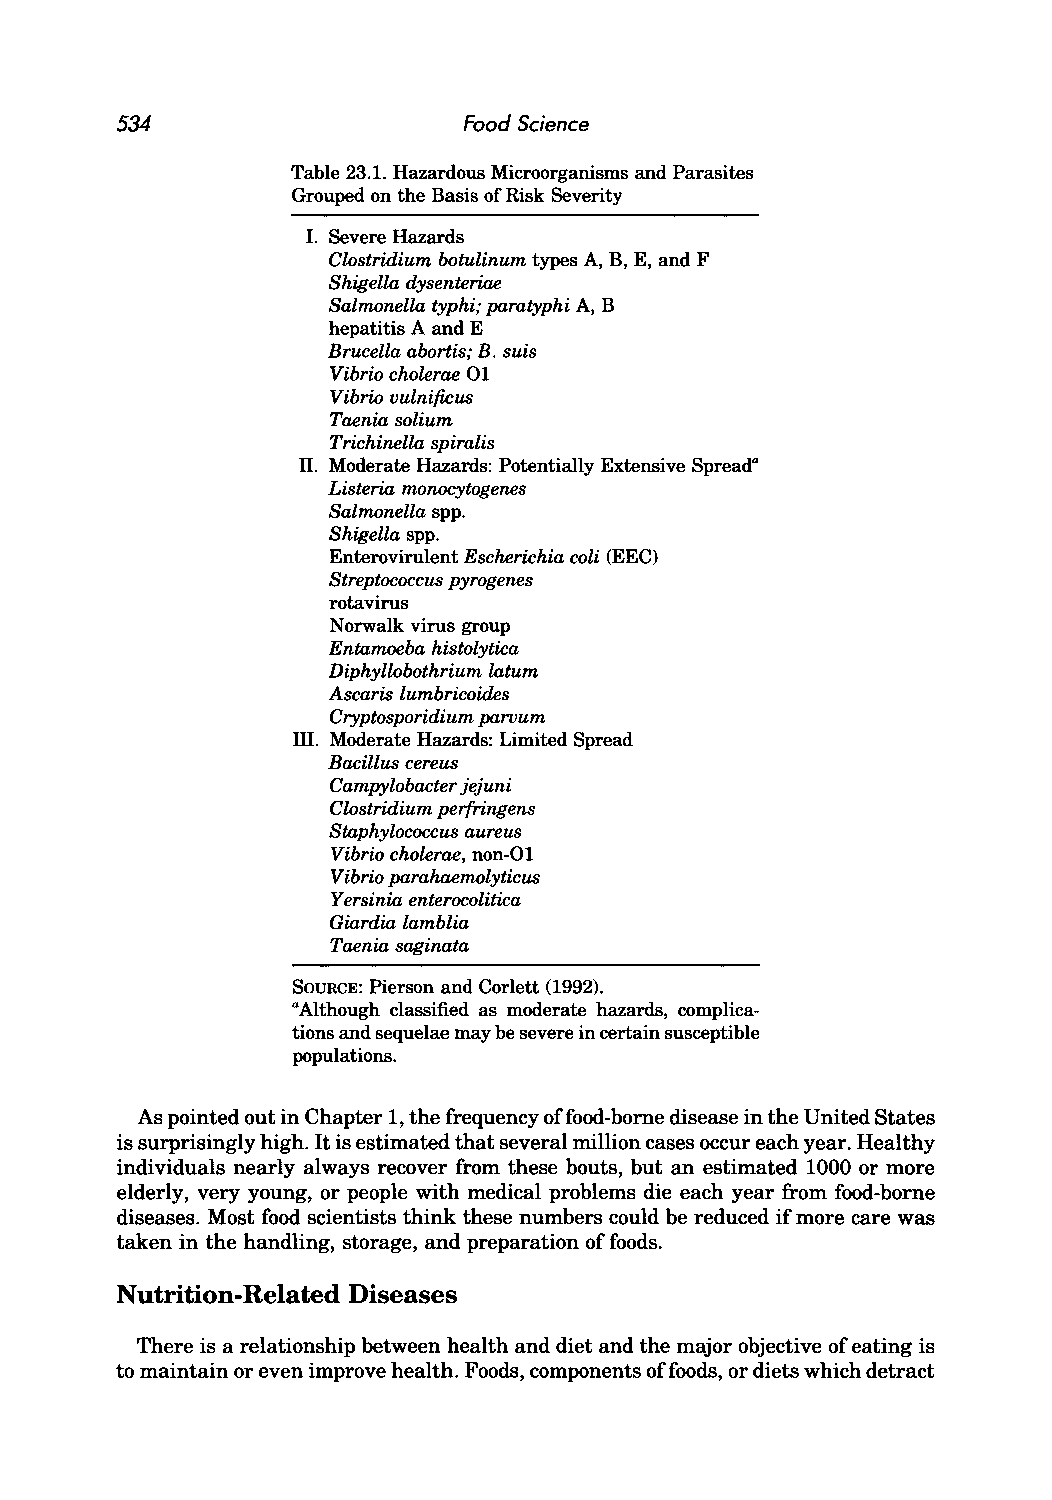
534                    Food Science
 Table 23.1. Hazardous Microorganisms and Parasites
 Grouped on the Basis of Risk Severity
 I. Severe Hazards
 Clostridium botulinum types A, B, E, and F
 Shigella dysenteriae
 Salmonella typhi; paratyphi A, B
 hepatitis A and E
 Brucella abortis; B. suis
 Vibrio cholerae 01
 Vibrio uulnificus
 Taenia solium
 Trichinella spiralis
 II. Moderate Hazards: Potentially Extensive Spreada
 Listeria monocytogenes
 Salmonella spp.
 Shigella spp.
 Enterovirulent Escherichia coli (EEC)
 Streptococcus pyrogenes
 rotavirus
 Norwalk virus group
 Entamoeba histolytica
 Diphyllobothrium latum
 Ascaris lumbricoides
 Cryptosporidium paruum
 III. Moderate Hazards: Limited Spread
 Bacillus cereus
 Campylobacter jejuni
 Clostridium perfringens
 Staphylococcus aureus
 Vibrio cholerae, non-Ol
 Vibrio parahaemolyticus
 Yersinia enterocolitica
 Giardia lamblia
 Taenia saginata
 SOURCE: Pierson and Corlett (1992).
 Although classified as moderate hazards, complica
 a
 tions and sequelae may be severe in certain susceptible
 populations.
 As pointed out in Chapter 1, the frequency offood-bome disease in the United States
 is surprisingly high. It is estimated that several million cases occur each year. Healthy
 individuals nearly always recover from these bouts, but an estimated 1000 or more
 elderly, very young, or people with medical problems die each year from food-borne
 diseases. Most food scientists think these numbers could be reduced if more care was
 taken in the handling, storage, and preparation of foods.
 Nutrition-Related Diseases
 There is a relationship between health and diet and the major objective of eating is
 to maintain or even improve health. Foods, components of foods, or diets which detract